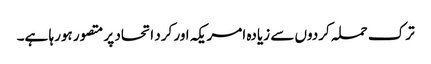
ترک حملہ کردوں سے زیادہ امریکہ اور کرد اتحاد پر متصور ہورہا ہے۔